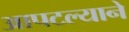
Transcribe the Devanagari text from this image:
आपटल्याने